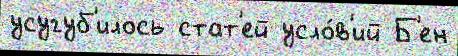
усугуб'илось стат'ей усло́в'ий Б'ен